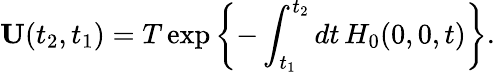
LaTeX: \mathbf{U}(t_{2},t_{1})=T\exp\left\{ -\int_{t_{1}}^{t_{2}}dt\, H_{0}(0,0,t)\right\} .